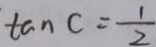
\tan C = \frac { 1 } { 2 }